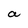
Character: a